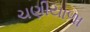
ચણીયાળા